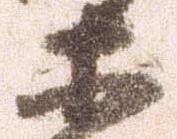
等